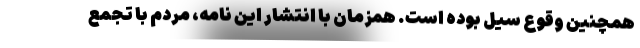
همچنین وقوع سیل بوده است. همزمان با انتشار این نامه، مردم با تجمع